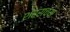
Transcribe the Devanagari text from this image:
शहराचया